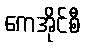
ကေအိုင်စီ